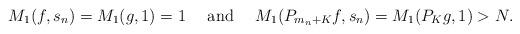
LaTeX: \begin{align*}M_1(f,s_n) = M_1(g,1)=1 \ \ \ \mbox{ and }\ \ \ M_1(P_{m_n+K}f, s_n) = M_1(P_Kg,1) > N.\end{align*}